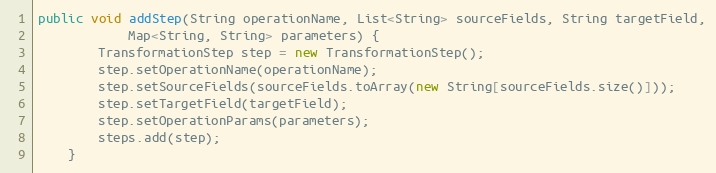
Language: Java
public void addStep(String operationName, List<String> sourceFields, String targetField,
            Map<String, String> parameters) {
        TransformationStep step = new TransformationStep();
        step.setOperationName(operationName);
        step.setSourceFields(sourceFields.toArray(new String[sourceFields.size()]));
        step.setTargetField(targetField);
        step.setOperationParams(parameters);
        steps.add(step);
    }